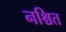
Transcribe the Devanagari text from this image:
नश्चित